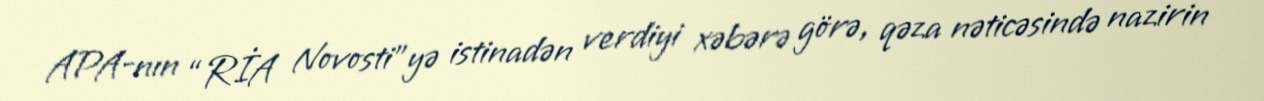
APA-nın “RİA Novosti”yə istinadən verdiyi xəbərə görə, qəza nəticəsində nazirin